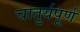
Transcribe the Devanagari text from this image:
चातुर्यपूर्ण